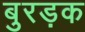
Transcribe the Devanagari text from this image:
बुरड़क